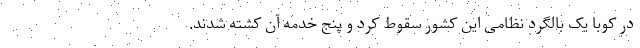
در کوبا یک بالگرد نظامی این کشور سقوط کرد و پنج خدمه آن کشته شدند.